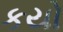
કયો